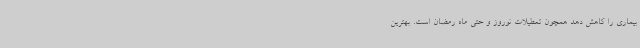
بیماری را کاهش دهد همچون تعطیلات نوروز و حتی ماه رمضان است. بهترین